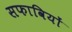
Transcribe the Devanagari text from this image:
सफावियों